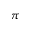
\pi